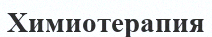
Химиотерапия